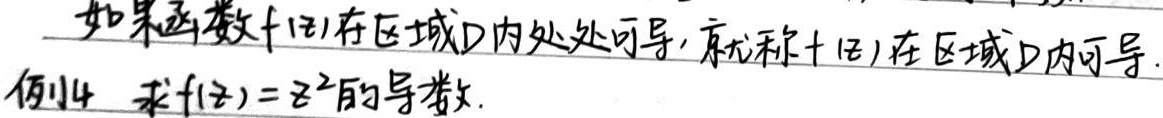
如果函数$f(z)$在区域$D$内处处可导，就称$f(z)$在区域$D$内可导。

例14 求$f(z)=z^{2}$的导数。